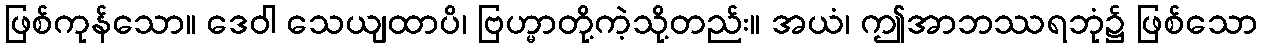
ဖြစ်ကုန်သော။ ဒေဝါ သေယျထာပိ၊ ဗြဟ္မာတို့ကဲ့သို့တည်း။ အယံ၊ ဤအာဘဿရဘုံ၌ ဖြစ်သော